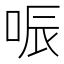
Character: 㖘